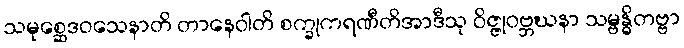
သမုစ္ဆေဒဝသေနာတိ တာနေဝါတိ စက္ခုကရဏီတိအာဒီသု ဝိဇ္ဇုဝဗ္ဘဃနာ သမ္ဗန္ဓိတဗ္ဗာ